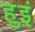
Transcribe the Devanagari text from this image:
हुइं